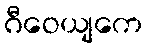
ဂီဝေယျကေ